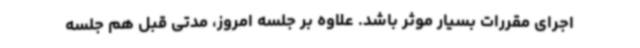
اجرای مقررات بسیار موثر باشد. علاوه بر جلسه امروز، مدتی قبل هم جلسه